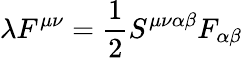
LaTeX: \lambda F^{\mu\nu}=\frac{1}{2}S^{\mu\nu\alpha\beta}F_{\alpha\beta}